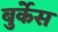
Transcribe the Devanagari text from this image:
बुर्केस